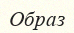
Образ